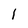
Character: 1